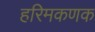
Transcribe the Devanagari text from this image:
हरिमकणक